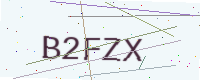
Text: B2FZX